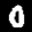
Label: 0